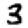
Digit: 3